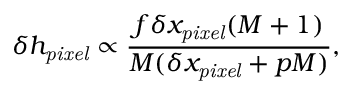
\delta h _ { \mathit { p i x e l } } \propto \frac { f \delta x _ { \mathit { p i x e l } } ( M + 1 ) } { M ( \delta x _ { \mathit { p i x e l } } + p M ) } ,